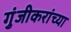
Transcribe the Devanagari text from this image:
गुंजीकरांच्या